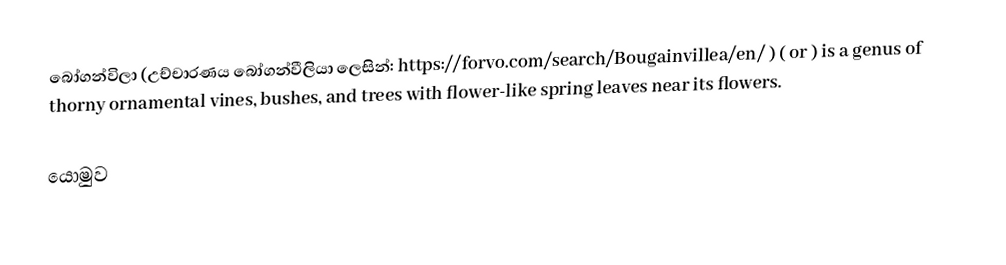
බෝගන්විලා (උච්චාරණය බෝගන්වීලියා ලෙසින්: https://forvo.com/search/Bougainvillea/en/ ) ( or ) is a genus of thorny ornamental vines, bushes, and trees with flower-like spring leaves near its flowers.

යොමුව